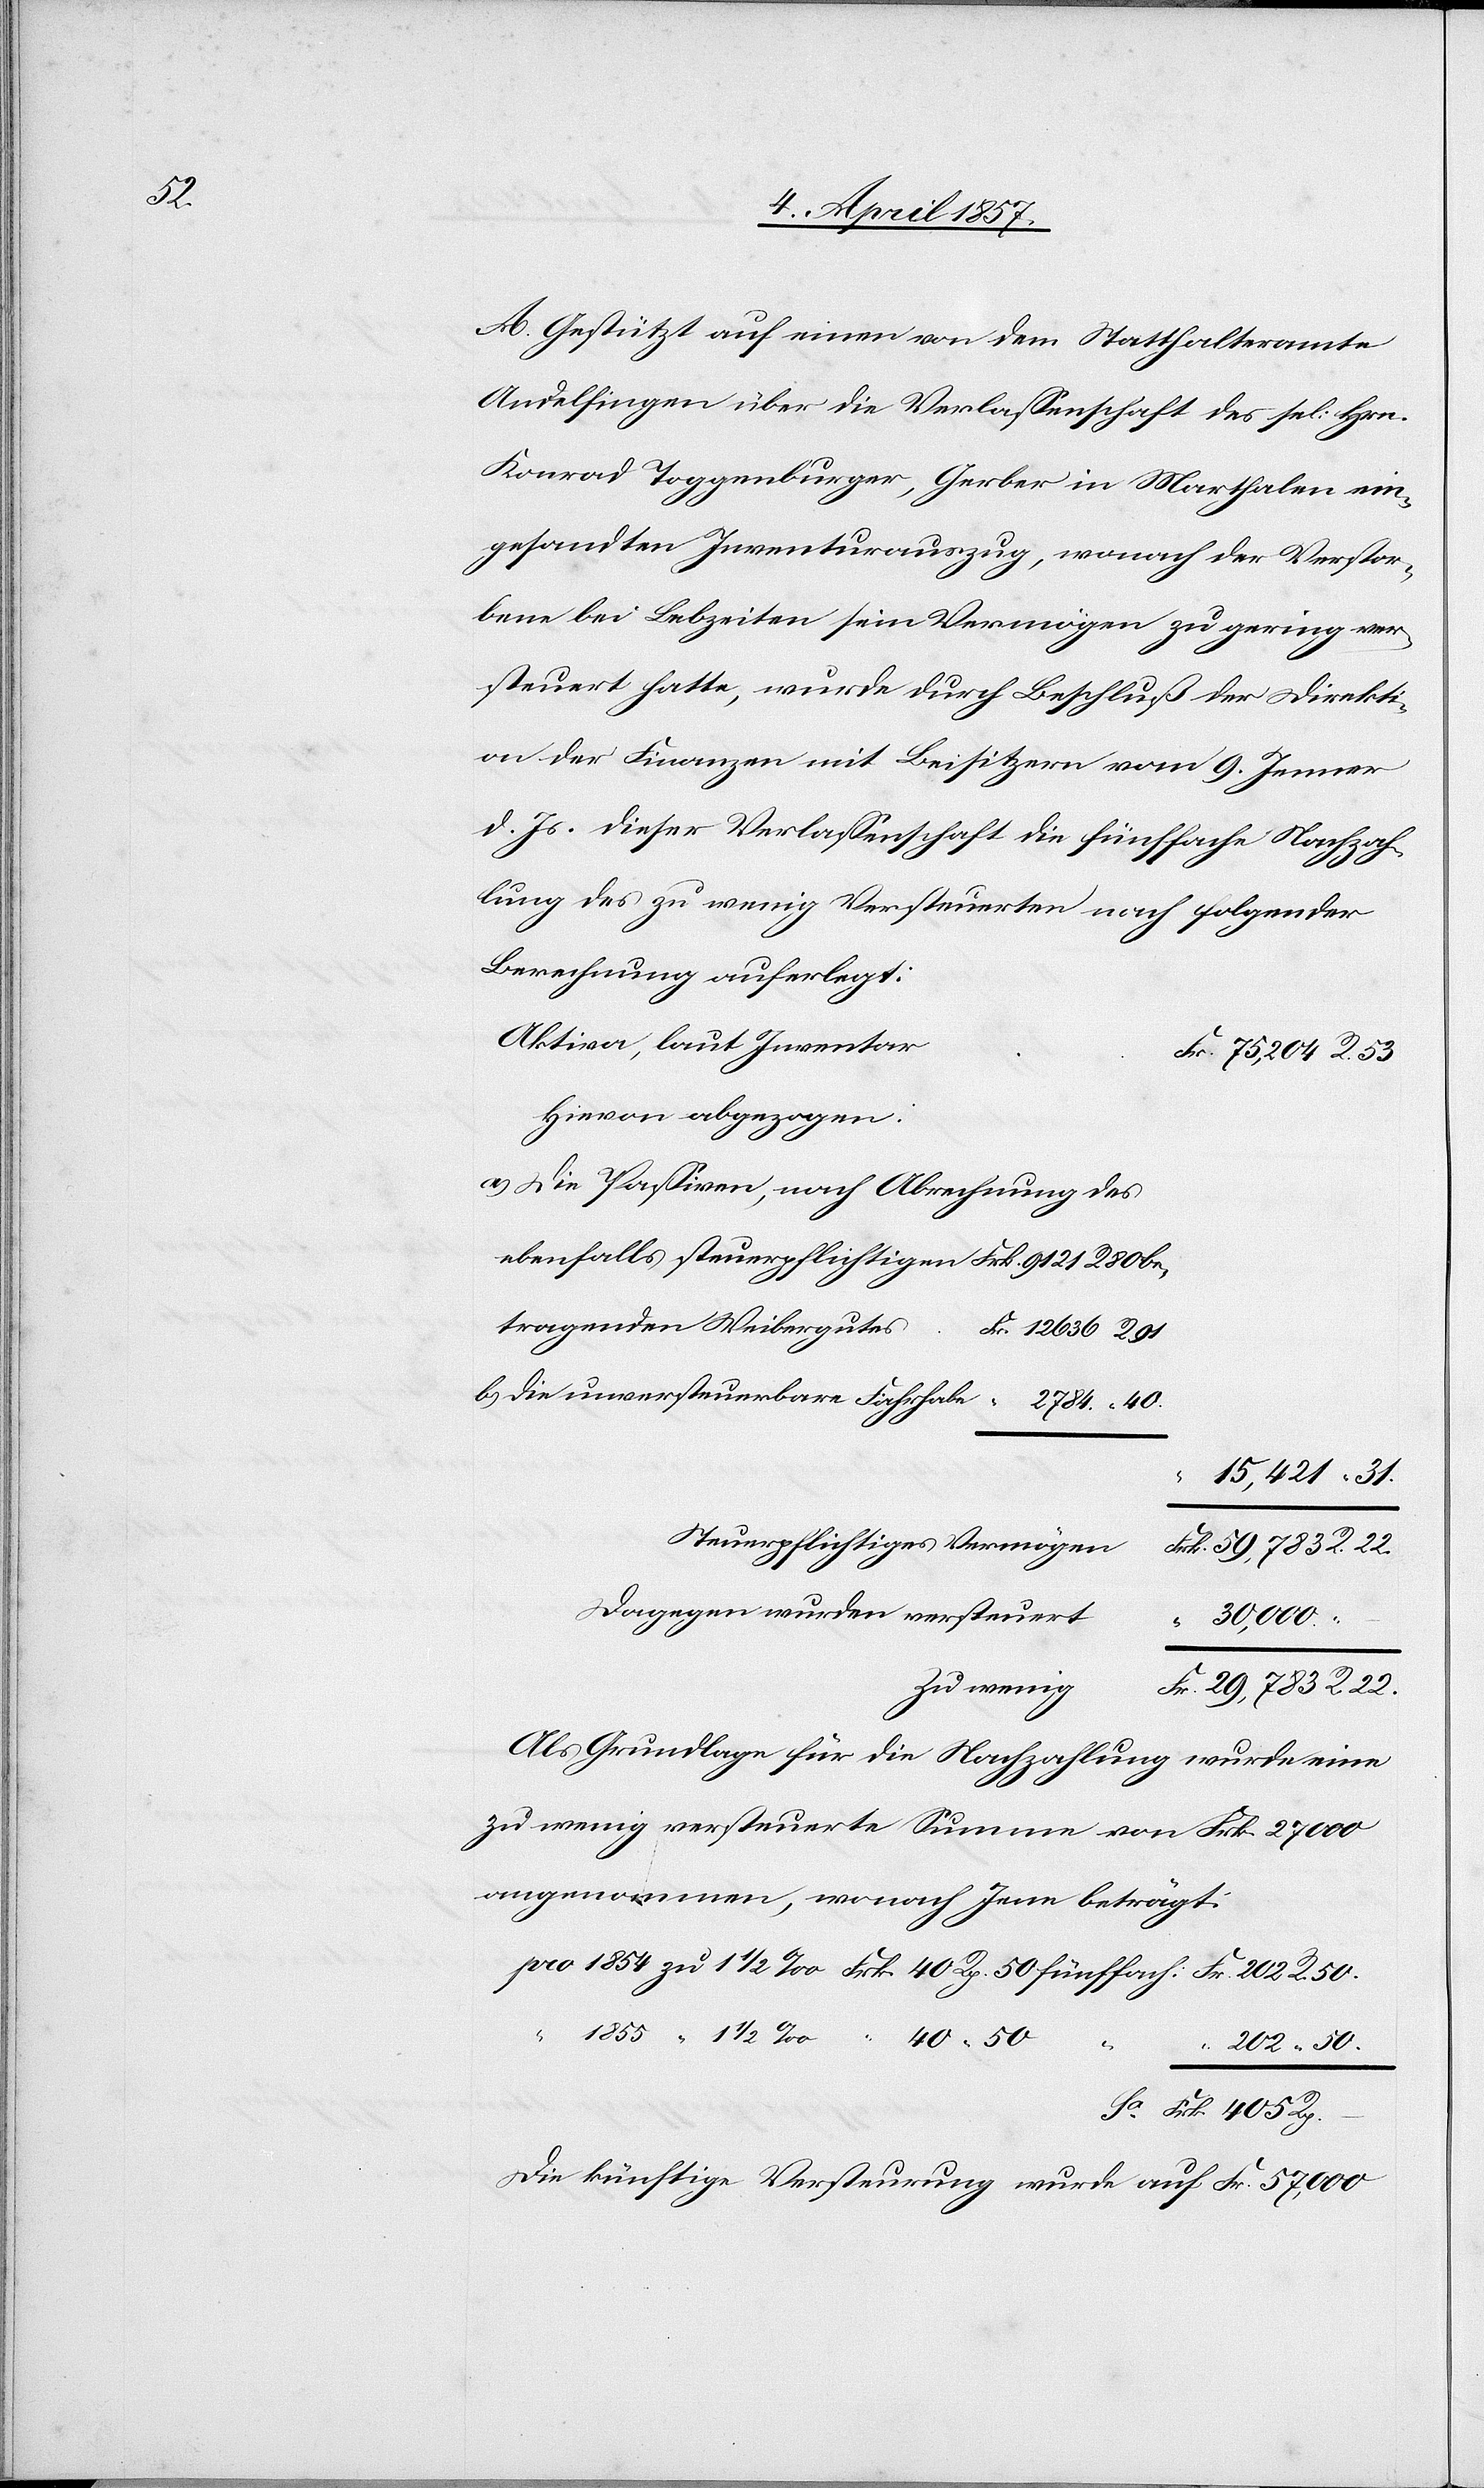
Rp.

A. Gestützt auf einen von dem Statthalteramte
Andelfingen über die Verlassenschaft des sel: Hrn.
Konrad Toggenburger, Gerber in Marthalen ein¬
gesandten Inventurauszug, wonach der Verstor¬
bene bei Lebzeiten sein Vermögen zu gering ver¬
steuert hatte, wurde durch Beschluß der Direkti¬
on der Finanzen mit Beisitzern vom 9. Jenner
d. Js. dieser Verlassenschaft die fünffache Nachzah¬
lung des zu wenig Versteuerten nach folgender
Berechnung auferlegt:
Aktiva, laut Inventar
Hievon abgezogen:
Die Passiven, nach Abrechnung des
ebenfalls steuerpflichtigen Frk. 9121 R 80 be¬
tragenden Weibergutes
–
Steuerpflichtiges Vermögen
Dagegen wurden versteuert
30,000.
Zu wenig
Als Grundlage für die Nachzahlung wurde eine
zu wenig versteuerte Summe von Frk. 27 000
angenommen, wonach Jene beträgt:
40.
Die künftige Versteurung wurde auf Fr. 57,000